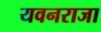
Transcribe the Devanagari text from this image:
यवनराजा